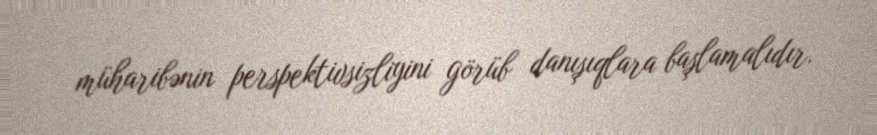
müharibənin perspektivsizliyini görüb danışıqlara başlamalıdır.